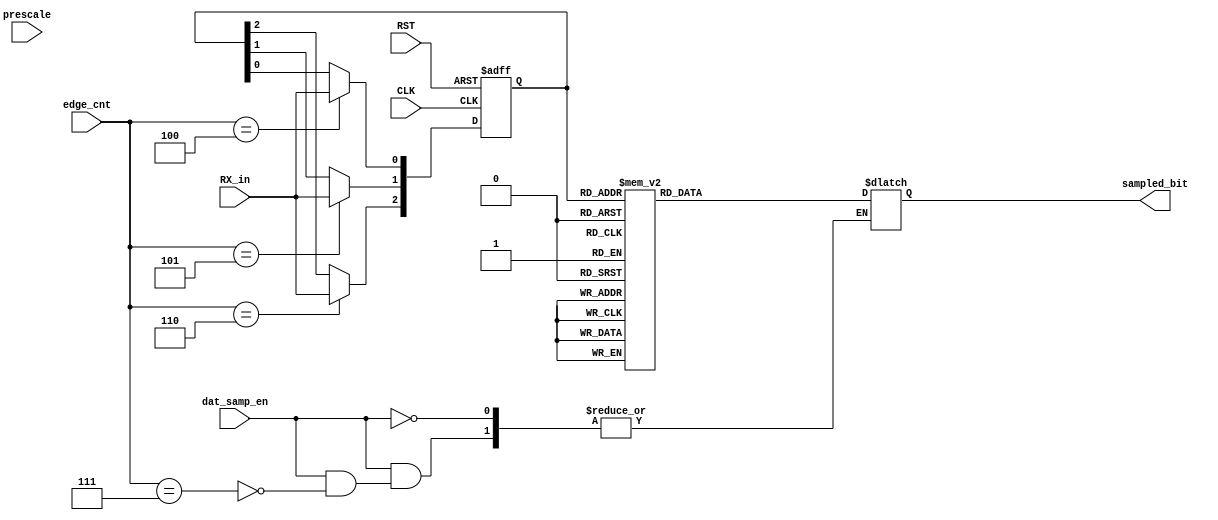
module data_sampler (
    input wire RX_in,
    
    input wire CLK,
    input wire RST,
   
    input wire dat_samp_en,
    input wire [3:0] edge_cnt,
    input wire [3:0] prescale,
    output reg sampled_bit
        
);
    


reg [2:0] internal_sampled_bit;

always @(posedge CLK or negedge RST ) 
begin
    if (!RST) 
        begin
            internal_sampled_bit<=3'b000; 
        end
    else
     begin
        
                case (edge_cnt)
                    4'b0100:
                    begin
                    internal_sampled_bit[0]<=RX_in;
                    internal_sampled_bit[1]<=internal_sampled_bit[1];
                    internal_sampled_bit[2]<=internal_sampled_bit[2];
                    end
                    4'b0101:
                    begin
                    internal_sampled_bit[0]<=internal_sampled_bit[0];
                    internal_sampled_bit[1]<=RX_in;
                    internal_sampled_bit[2]<=internal_sampled_bit[2];
                    end

                    4'b0110:
                    begin
                    internal_sampled_bit[0]<=internal_sampled_bit[0];
                    internal_sampled_bit[1]<=internal_sampled_bit[1];
                    internal_sampled_bit[2]<=RX_in;
                    end
                    
                     
                    default: 
                    begin
                    internal_sampled_bit[0]<=internal_sampled_bit[0];
                    internal_sampled_bit[1]<=internal_sampled_bit[1];                    
                    internal_sampled_bit[2]<=internal_sampled_bit[2];
                    end
                endcase
            end
end
   
   

always @(*) 
begin
if (dat_samp_en) 
                begin
                    
                        begin
                            if(edge_cnt==4'b0111)
                                begin
                                case (internal_sampled_bit)
                                    3'b000:sampled_bit=0;
                                    3'b001:sampled_bit=0;
                                    3'b010:sampled_bit=0;
                                    3'b011:sampled_bit=1;
                                    3'b100:sampled_bit=0;
                                    3'b101:sampled_bit=1;
                                    3'b110:sampled_bit=1;
                                    3'b111:sampled_bit=1;

                                    default: sampled_bit=sampled_bit;
                                endcase
                                end

                            else
                                begin
                                sampled_bit=sampled_bit;
                                end

                            end
                end 
            else
                begin
                    sampled_bit=sampled_bit;
                end    
end


endmodule